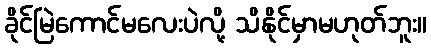
ခိုင်မြဲကောင်မလေးပဲလို့ သိနိုင်မှာမဟုတ်ဘူး။